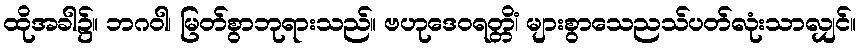
ထိုအခါ၌။ ဘဂဝါ၊ မြတ်စွာဘုရားသည်။ ဗဟုဒေဝရတ္တိံ၊ များစွာသေညသ်ပတ်လုံးသာလျှင်။